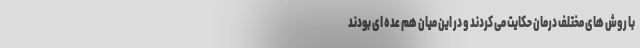
با روش های مختلف درمان حکایت می کردند و در این میان هم عده ای بودند